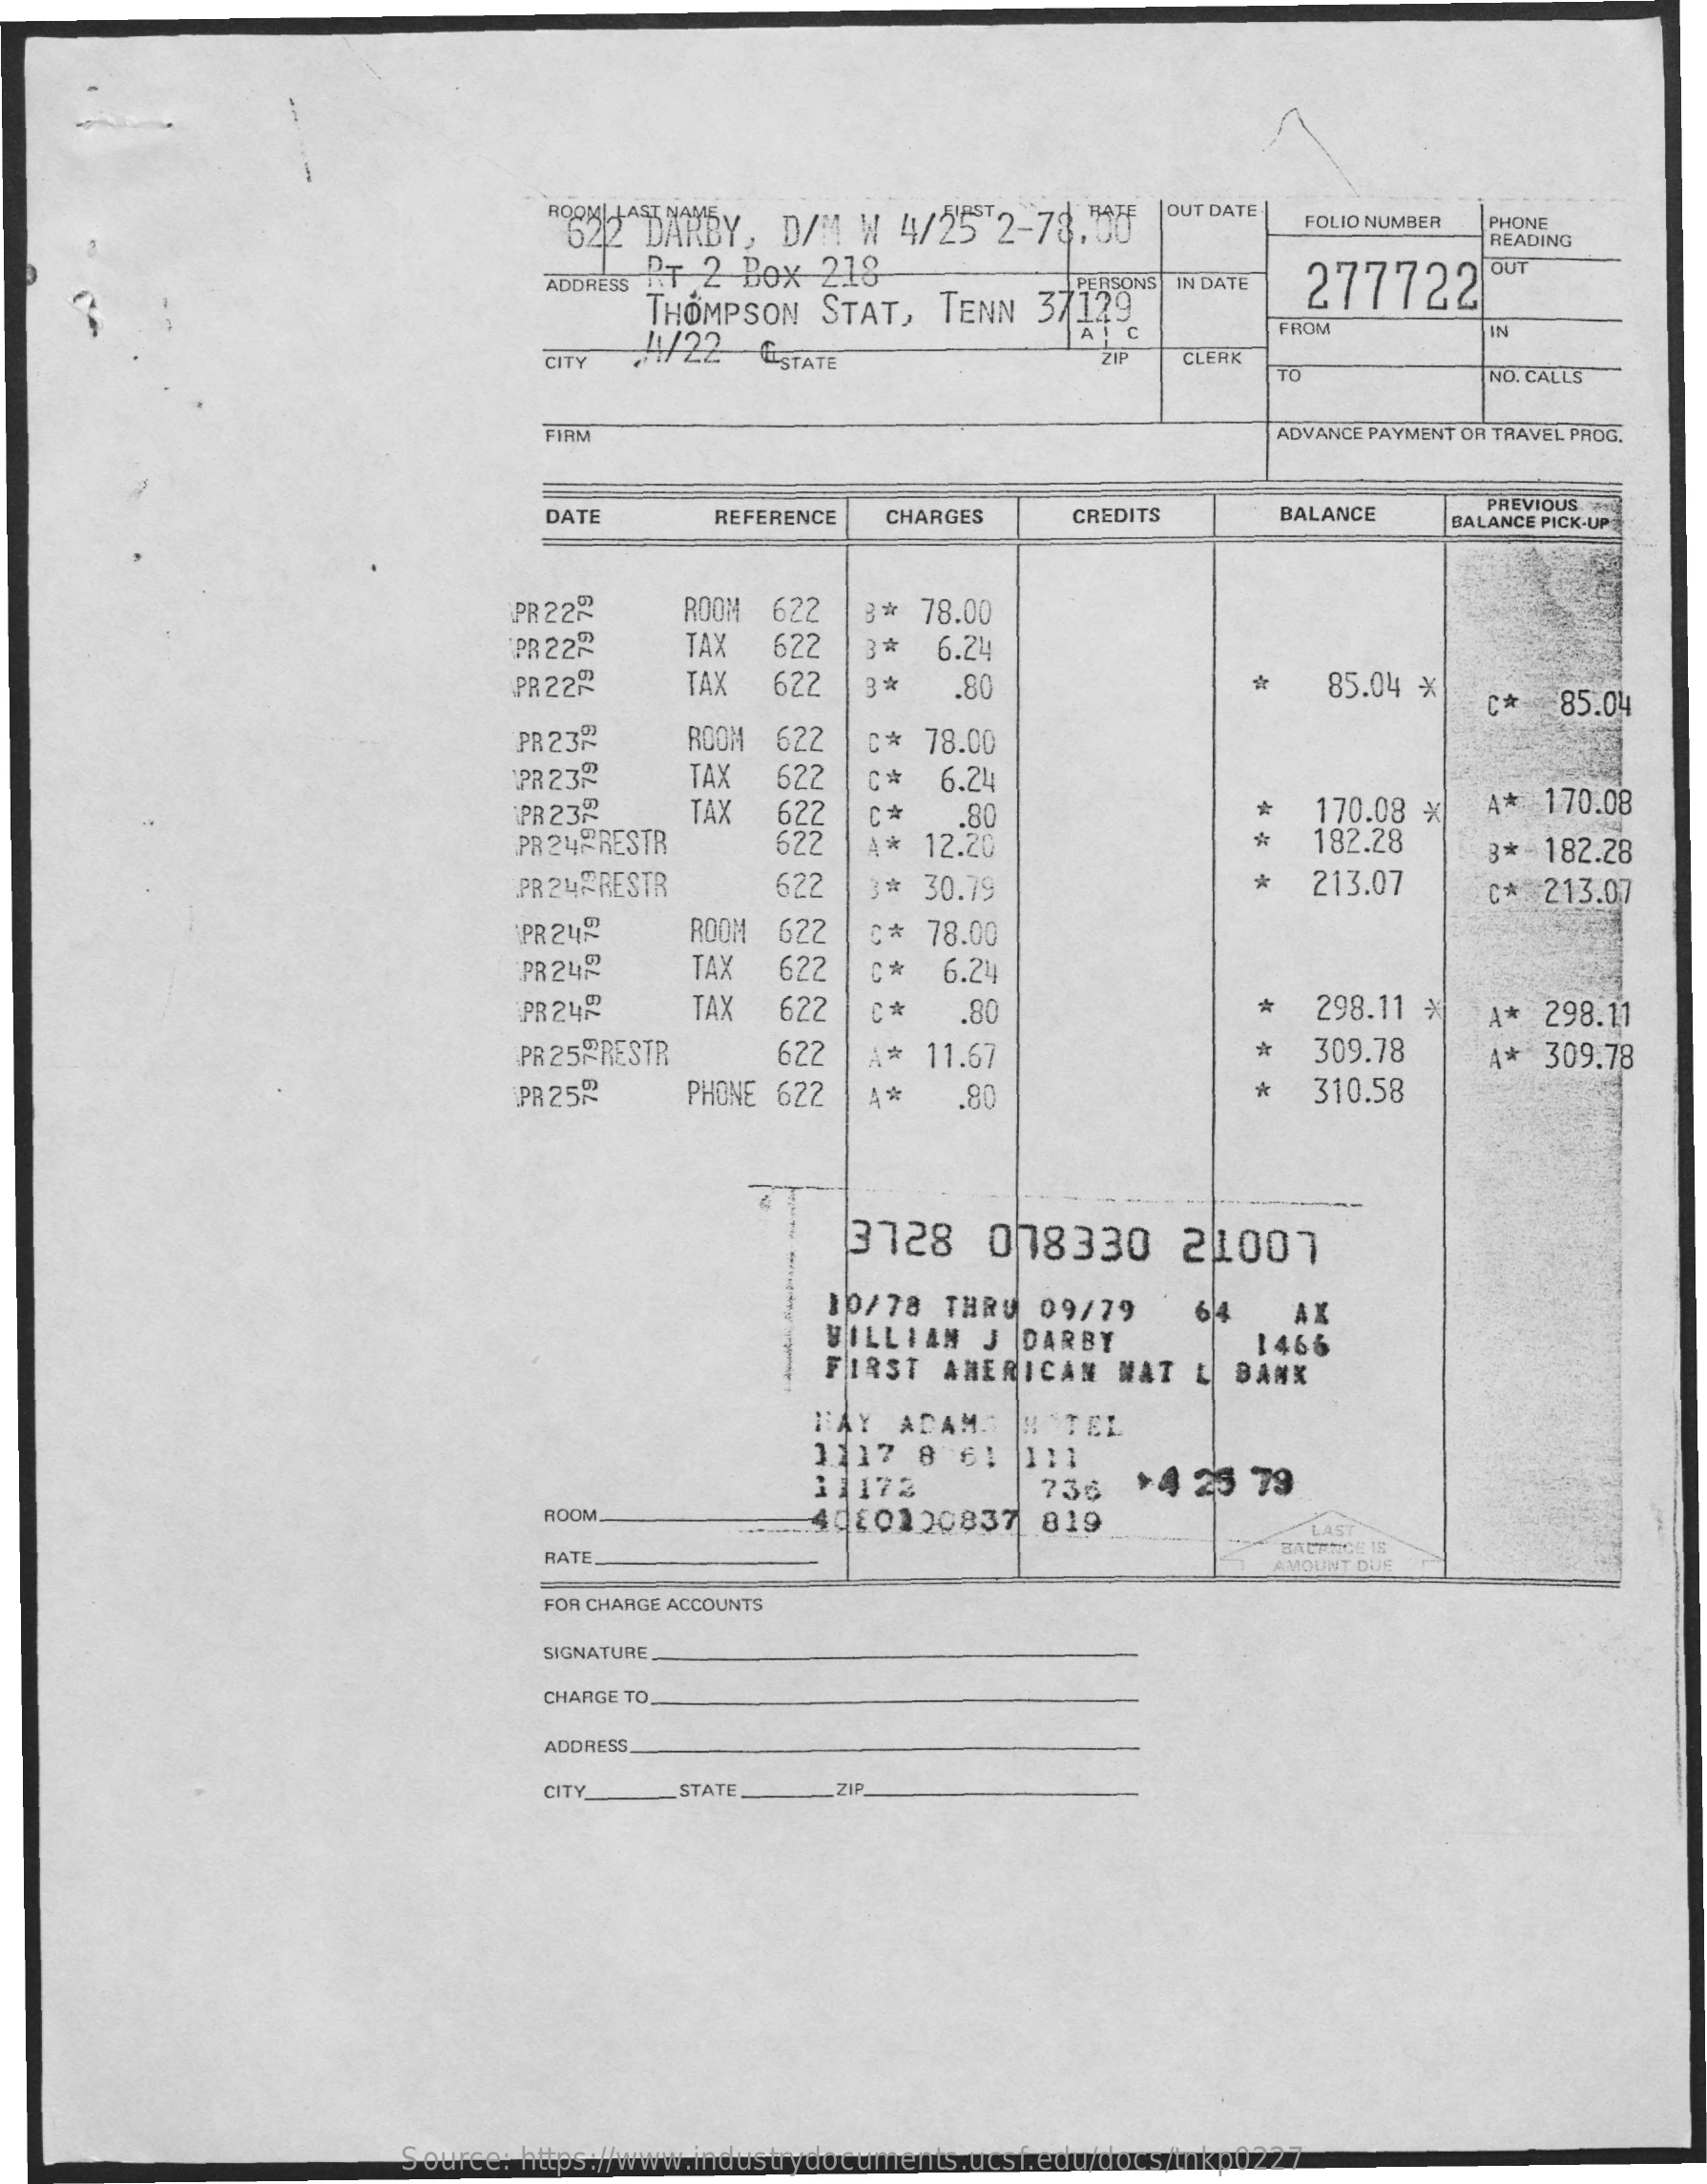
622  DARBY,   D/M  W  4/25  2 155 2-78.00
     OUT DATE
     FOLIO NUMBER PHONE
     READING
     ADDRESS _ PT 2 Box 218
     THOMPSON   STAT,   TENN  37129
     PERSONS IN DATE 277722
     OUT
     4/22    ESTATE
     FROM    IN
     CITY    CLERK
     TO    NO. CALLS
     FIRM    ADVANCE PAYMENT OR TRAVEL PROG.
     DATE    REFERENCE   CHARGES    CREDITS    BALANCE    PREVIOUS
     BALANCE PICK-UP
     PR 222    ROOM  622    78.00 *
     PR 222    TAX   622    6.24
     PR 22    TAX   622   3 *   .80    85.04 *
     C#  85.04
     PR 23    ROOM  622   C*  78.00
     PR 233    TAX   622    6.24
     PR 23~    TAX  622   C *   .80    170.08 X  A*  170.08
     PR24FRESTR    622   A * 12.20    +   182.28
     PR 24ÆRESTR    622   3*  30.79    213.07
     3* 182.28
     C* 213.07
     PR 245    ROOM  622   C * 78.00
     PR 24    TAX  622   C *  3.24
     PR 24    TAX  622   C *   .80    *   298.11 *|  A* 298.11
     PR 25PRESTR    622    11.67    309.78    ** 309.78
     PR 252    PHONE 622    .80    *   310.58
     3128    078330    21007
     10/78  THRU  09/79
     WILLIAM   J  DARBY
     AX
     FIRST   AMERICAN   WAT  L  BANK
     1466
     FAY   ADAMS   N  TEL
     1117   8  61  111
     31173    736   +4  25  79
     ROOM.    4480120837    819
     LAST
     RATE
     BALANCE IS
     AMOUNT DUE
     FOR CHARGE ACCOUNTS
     SIGNATURE
     CHARGE TO
     ADDRESS
     CITY_    STATE    ZIP
     Source: https://www.industrydocuments.ucsf.edu/docs/tnkp0227